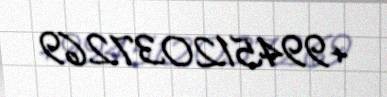
+994512037269